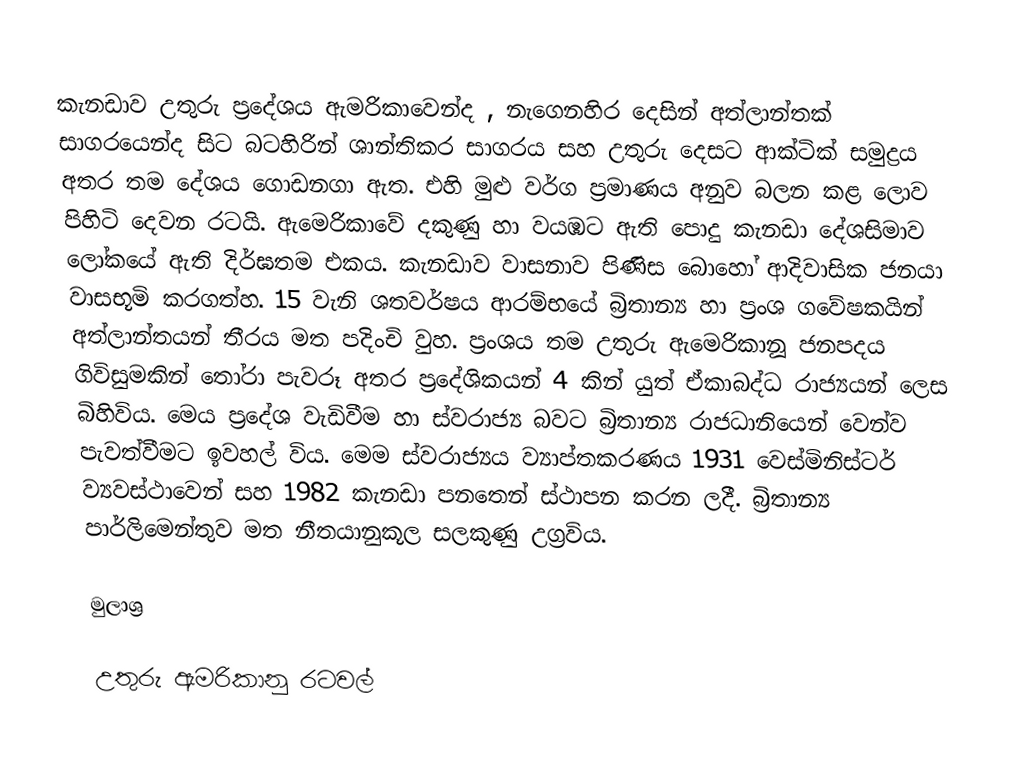
කැනඩාව උතුරු ප්‍රදේශය ඇමරිකාවෙන්ද , නැගෙනහිර දෙසින් අත්ලාන්තක් සාගරයෙන්ද සිට බටහිරින් ශාන්තිකර සාගරය සහ උතුරු දෙසට ආක්ටික් සමුද්‍රය අතර තම දේශය ගොඩනගා ඇත. එහි මුළු වර්ග ප්‍රමාණය අනුව බලන කළ ලොව පිහිටි දෙවන රටයි. ඇමෙරිකාවේ දකුණු හා වයඹට ඇති පොදු කැනඩා දේශසිමාව ලෝකයේ ඇති දිර්ඝතම එකය. කැනඩාව වාසනාව පිණිස බොහෝ ආදිවාසික ජනයා වාසභූමි කරගත්හ. 15 වැනි ශතවර්ෂය ආරම්භයේ බ්‍රිතාන්‍ය හා ප්‍රංශ ගවේෂකයින් අත්ලාන්තයන් තීරය මත පදිංචි වුහ. ප්‍රංශය තම උතුරු ඇමෙරිකානූ ජනපදය ගිවිසුමකින් තෝරා පැවරූ අතර ප්‍රදේශිකයන් 4 කින් යුත් ඒකාබද්ධ රාජ්‍යයන් ලෙස බිහිවිය. මෙය ප්‍රදේශ වැඩිවීම හා ස්වරාජ්‍ය බවට බ්‍රිතාන්‍ය රාජධානියෙන් වෙන්ව පැවත්වීමට ඉවහල් විය. මෙම ස්වරාජ්‍යය ව්‍යාප්තකරණය 1931 වෙස්මිනිස්ටර් ව්‍යවස්ථාවෙන් සහ 1982 කැනඩා පනතෙන් ස්ථාපන කරන ලදී. බ්‍රිතාන්‍ය පාර්ලිමෙන්තුව මත නීතයානුකූල සලකුණු උග්‍රවිය.

මුලාශ්‍ර

උතුරු ඇමරිකානු රටවල්